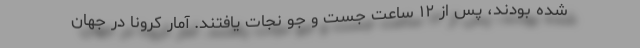
شده بودند، پس از ١٢ ساعت جست و جو نجات یافتند. آمار کرونا در جهان